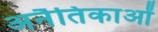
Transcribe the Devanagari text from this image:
अनैतिकाओं